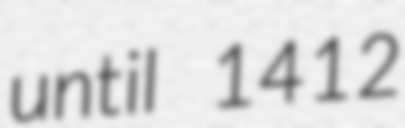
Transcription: until 1412